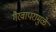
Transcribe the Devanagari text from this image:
गैरवापरामुळे